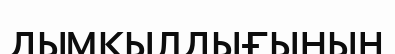
дымқылдығының